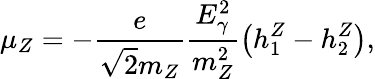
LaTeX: \mu_{Z}=-\frac{e}{\sqrt{2}m_{Z}}\frac{E_{\gamma}^{2}}{m_{Z}^{2}}\left(h_{1}^{Z}-h_{2}^{Z}\right),